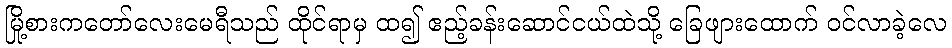
မြို့စားကတော်လေးမေရီသည် ထိုင်ရာမှ ထ၍ ဧည့်ခန်းဆောင်ငယ်ထဲသို့ ခြေဖျားထောက် ဝင်လာခဲ့လေ